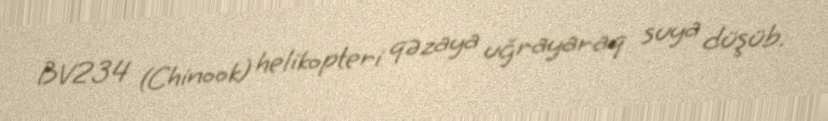
BV234 (Chinook) helikopteri qəzaya uğrayaraq suya düşüb.